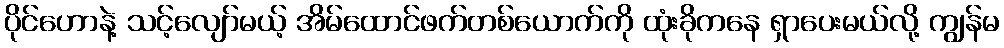
ပိုင်ဟောနဲ့ သင့်လျော်မယ့် အိမ်ထောင်ဖက်တစ်ယောက်ကို ထုံးခိုကနေ ရှာပေးမယ်လို့ ကျွန်မ